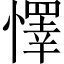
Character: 懌